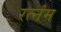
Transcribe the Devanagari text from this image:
रत्नंम